Medical and sanitary report of the native army of Bengal for the year
Year: 1876
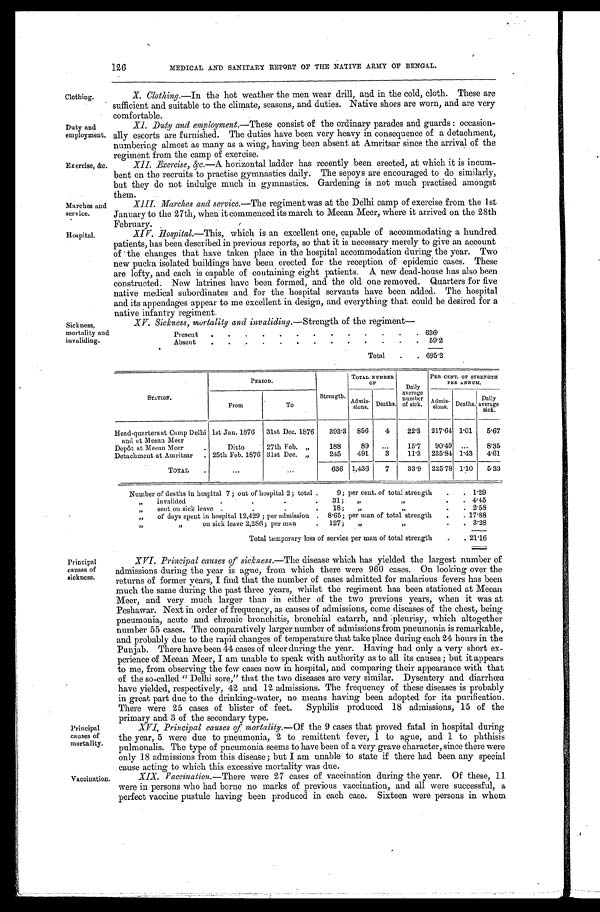
126
MEDICAL AND SANITARY REPORT OF THE NATIVE ARMY OF BENGAL.
Clothing.
Duty and
employment.
Exercise, &c.
Marches and
service.
Hospital.
Sickness,
mortality and
invaliding.
Principal
causes of
sickness.
Principal
causes of
mortality.
Vaccination.
X. Clothing.—In the hot weather the men wear drill, and in the cold, cloth. These are
sufficient and suitable to the climate, seasons, and duties. Native shoes are worn, and are very
comfortable.
XI. Duty and employment. —These consist of the ordinary parades and guards: occasion
- a l l y e s c o r t s a r e f u r n i s h e d . T h e d u t i e s h a v e b e e n v e r y h e a v y i n c o n s e q u e n c e o f a d e t a c h m e n t ,
numbering almost as many as a wing, having been absent at Amritsar since the arrival of the
regiment from the camp of exercise.
XII. Exercise, &c.—A horizontal ladder has recently been erected, at which it is incum
- b e n t o n t h e r e c r u i t s t o p r a c t i s e g y m n a s t i c s d a i l y . T h e s e p o y s a r e e n c o u r a g e d t o d o s i m i l a r l y ,
but they do not indulge much in gymnastics. Gardening is not much practised amongst
them.
XIII. Marches and service. —The regiment was at the Delhi camp of exercise from the 1st
January to the 27th, when it commenced its march to Meean Meer, where it arrived on the 28th
February.
XIV. Hospital.—This, which is an excellent one, capable of accommodating a hundred
patients, has been described in previous reports, so that it is necessary merely to give an account
of the changes that have taken place in the hospital accommodation during the year. Two
new pucka isolated buildings have been erected for the reception of epidemic cases. These
are lofty, and each is capable of containing eight patients. A new dead-house has also been
constructed. New latrines have been formed, and the old one removed. Quarters for five
native medical subordinates and for the hospital servants have been added. The hospital
and its appendages appear to me excellent in design, and everything that could be desired for a
native infantry regiment.
XV. Sickness, mortality aid invaliding. —Strength of the regiment—
Present
6 3 6 .
Absent
59.2
Total
6 9 5 . 2
STATION.
PERIOD.
Strength.
TOTAL NUMBER
O F
Daily
average number of sick.
PER CENT. OF STRENGTH
PER ANNUM.
From
To
A d m i s -
s i o n s . Deaths.
A d m i s -
s i o n s . Deaths. Da i l y
average sick.
Head-quarters at Camp Delhi
and at Meean Meer
1st Jan. 1876 31st Dec. 1876 393.3 856 4 22.3 217.64 1.01 5.67
Depôt at Meean Meer
Ditto
27th Feb. „
188
89
15.7 90.49
8. 35
Detachment at Amritsar
25th Feb. 1876 31st Dec. „
245 491 3 11.3 235.84 1.43 4. 61
TOTAL
636 1,436 7 33.9 225.78 1.10 5.33
Number of deaths n hospital 7; out of hospital 2; total 9; per cent. of total strength
1.29
„ invalided 31; „ „
4 . 4 5
„ sent on sick leave 18; „ „
2.58
„ of days spent in hospital 12,429; per admission 8.65; per man of total strength
17. 88
„ „
on sick leave 2,286; per man 127; „
„
3.28
Total temporary loss of service per man of total strength
21.16
XVI. Principal causes of sickness. —The disease which has yielded the largest number of
admissions during the year is ague, from which there were 960 cases. On looking over the
returns of former years, I find that the number of cases admitted for malarious fevers has been
much the same during the past three years, whilst the regiment has been stationed at Meean
Meer, and very much larger than in either of the two previous years, when it was at
Peshawar. Next in order of frequency, as causes of admissions, come diseases of the chest, being
pneumonia, acute and chronic bronchitis, bronchial catarrh, and pleurisy, which altogether
number 55 cases. The comparatively larger number of admissions from pneumonia is remarkable,
and probably due to the rapid changes of temperature that take place during each 24 hours in the
Punjab. There have been 44 cases of ulcer during the year. Having had only a very short ex
- p e r i e n c e o f M e e a n M e e r , I a m u n a b l e t o s p e a k w i t h a u t h o r i t y a s t o a l l i t s c a u s e s ; b u t i t a p p e a r s
to me, from observing the few cases now in hospital, and comparing their appearance with that
of the so-called "Delhi sore," that the two diseases are very similar. Dysentery and diarrhœa
have yielded, respectively, 42 and 12 admissions. The frequency of these diseases is probably
in great part due to the drinking-water, no means having been adopted for its purification.
There were 25 cases of blister of feet. Syphilis produced 18 admissions, 15 of the
primary and 3 of the secondary type.
XVI. Principal causes of mortality. —Of the 9 cases that proved fatal in hospital during
the year, 5 were due to pneumonia, 2 to remittent fever, 1 to ague, and 1 to phthisis
pulmonalis. The type of pneumonia seems to have been of a very grave character, since there were
only 18 admissions from this disease; but I am unable to state if there had been any special
cause acting to which this excessive mortality was due.
XIX. Vaccination. —There were 27 cases of vaccination during the year. Of these, 11
were in persons who had borne no marks of previous vaccination, and all were successful, a
perfect vaccine pustule having been produced in each case. Sixteen were persons in whom